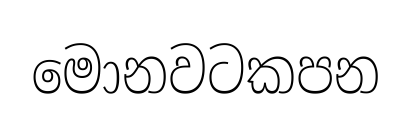
මොනවටකපන